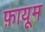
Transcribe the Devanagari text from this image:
फ़ायूम